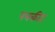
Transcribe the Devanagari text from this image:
पत्रकीट